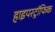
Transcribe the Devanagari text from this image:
हाइपरट्रॉफिक